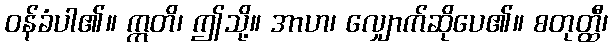
ဝန်ခံပါ၏။ ဣတိ၊ ဤသို့။ အာဟ၊ လျှောက်ဆိုပေ၏။ စတုတ္ထီ၊